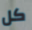
كل